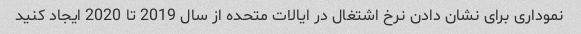
نموداری برای نشان دادن نرخ اشتغال در ایالات متحده از سال 2019 تا 2020 ایجاد کنید